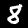
Digit: 8